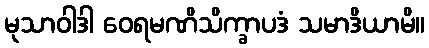
မုသာဝါဒါ ဝေရမဏိသိက္ခာပဒံ သမာဒိယာမိ။